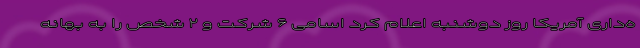
ه‌داری آمریکا روز دوشنبه اعلام کرد اسامی ۶ شرکت و ۲ شخص را به بهانه